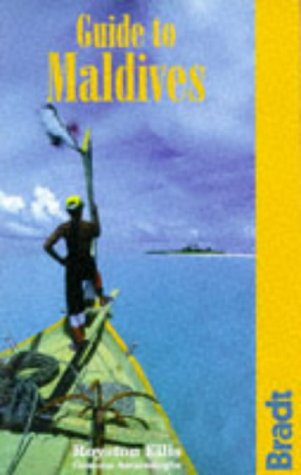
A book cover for Guide to Maldives (Bradt Guides); Royston Ellis; Travel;